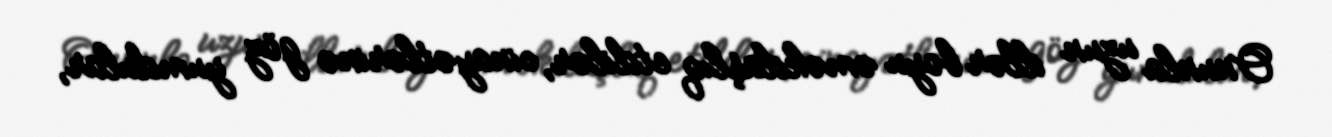
Onunla uzun illər boyu əməkdaşlıq etdilər, cinayətlərinə göz yumdular,